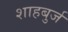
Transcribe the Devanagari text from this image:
शाहबुर्ज